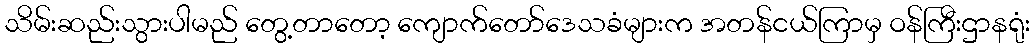
သိမ်းဆည်းသွားပါမည် တွေ့တာတော့ ကျောက်တော်ဒေသခံများက အတန်ငယ်ကြာမှ ဝန်ကြီးဌာနရုံး